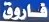
فاروق